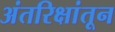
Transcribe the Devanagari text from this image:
अंतरिक्षांतून